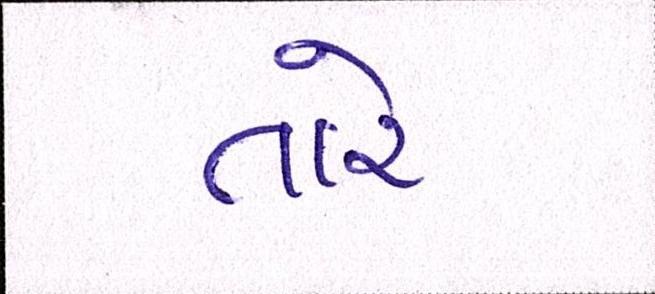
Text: તારે